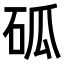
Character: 𥑔